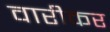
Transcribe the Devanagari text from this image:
वारीकर